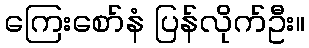
ကြေးစော်နံ ပြန်လိုက်ဦး။